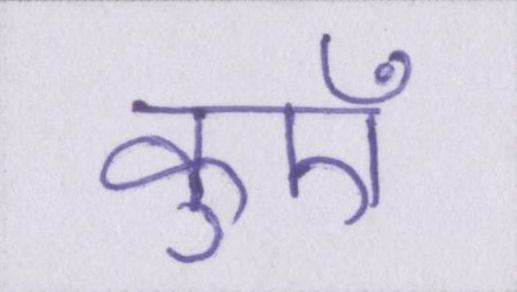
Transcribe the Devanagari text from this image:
कुएँ